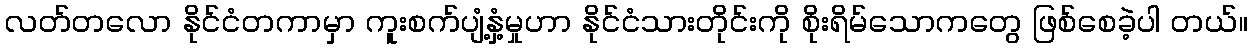
လတ်တလော နိုင်ငံတကာမှာ ကူးစက်ပျံ့နှံ့မှုဟာ နိုင်ငံသားတိုင်းကို စိုးရိမ်သောကတွေ ဖြစ်စေခဲ့ပါ တယ်။